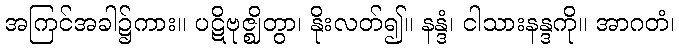
အကြင်အခါ၌ကား။ ပဋိဗုဇ္ဈိတွာ၊ နိုးလတ်၍။ နန္ဒံ၊ ငါသားနန္ဒကို။ အာဂတံ၊